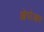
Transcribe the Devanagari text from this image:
ओपोआप